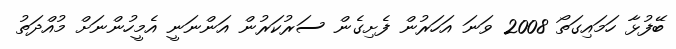
ބޭފުޅާ ހަމައިގަތޯ 2008 ވަނަ އަހަރުން ފެށިގެން ސަރުކަރުން އަންނަނީ އެމީހުންނަށް މުއްދަތު